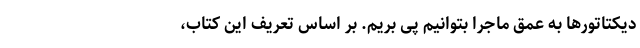
دیکتاتورها به عمق ماجرا بتوانیم پی بریم. بر اساس تعریف این کتاب،